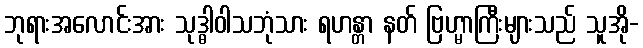
ဘုရားအလောင်းအား သုဒ္ဓါဝါသဘုံသား ရဟန္တာ နတ် ဗြဟ္မာကြီးများသည် သူအို-